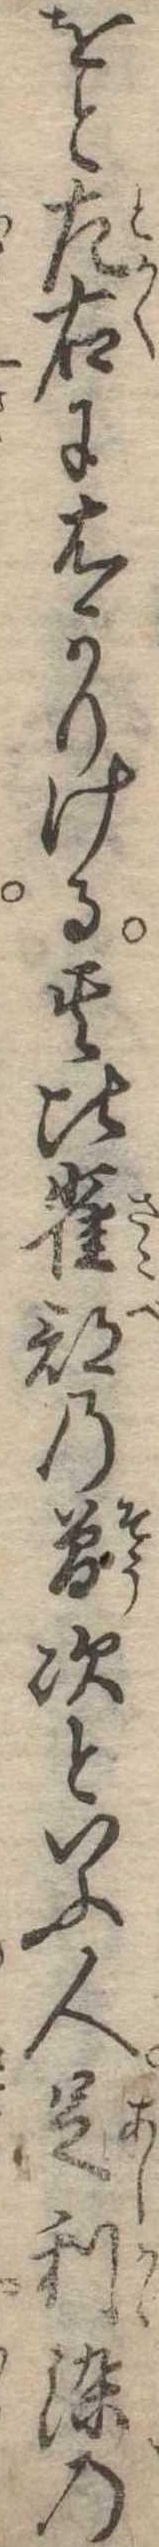
をと左右にはかりける其比雀部の曽次といふ人足利染の